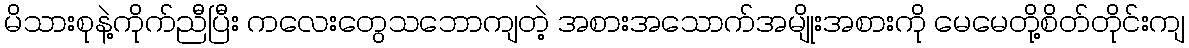
မိသားစုနဲ့ကိုက်ညီပြီး ကလေးတွေသဘောကျတဲ့ အစားအသောက်အမျိုးအစားကို မေမေတို့စိတ်တိုင်းကျ